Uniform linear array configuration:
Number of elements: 8
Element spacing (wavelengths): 1
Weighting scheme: binomial
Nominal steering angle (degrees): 30
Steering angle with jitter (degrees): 29.818
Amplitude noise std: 0.05
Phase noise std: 0.05

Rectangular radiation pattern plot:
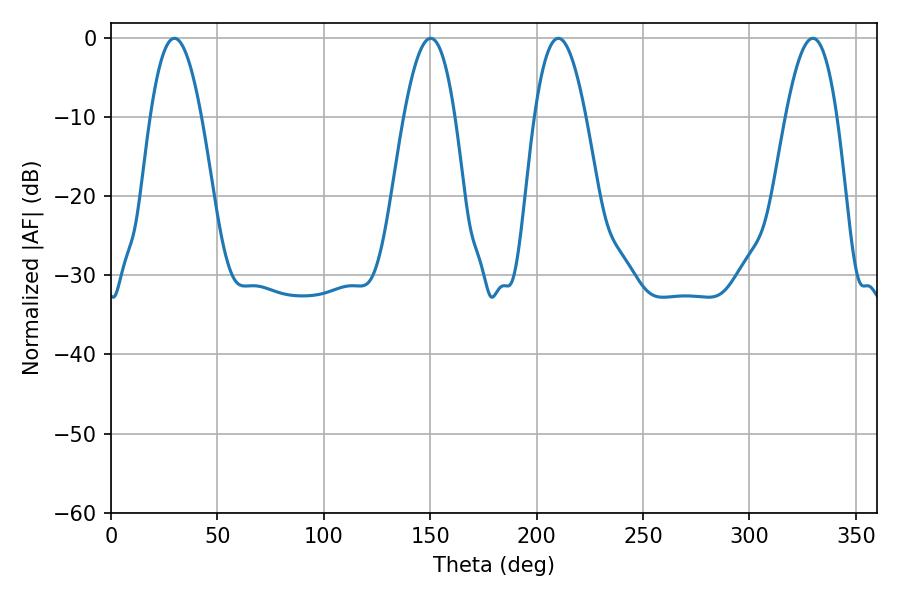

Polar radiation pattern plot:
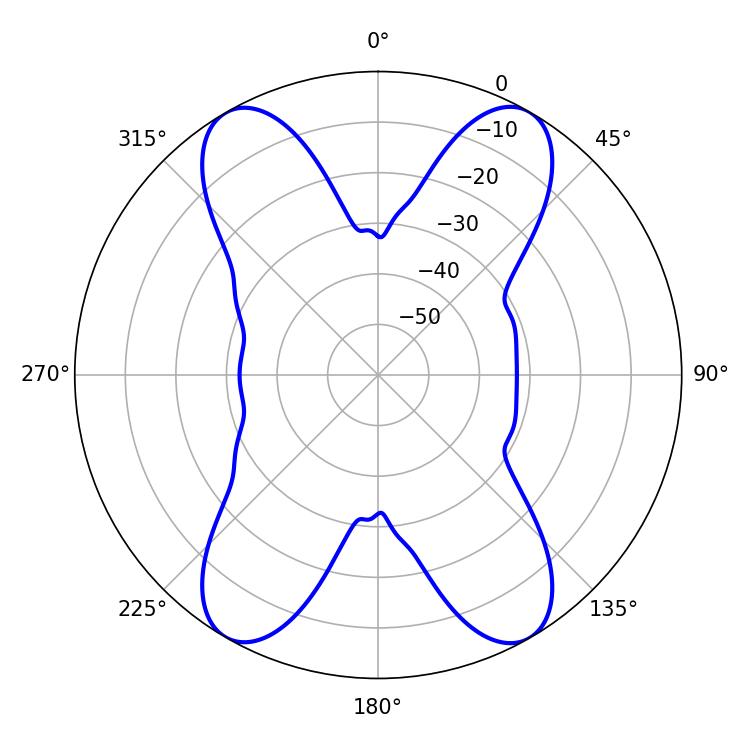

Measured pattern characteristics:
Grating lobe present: TRUE
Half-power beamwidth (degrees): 13.14
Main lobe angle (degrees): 210.24